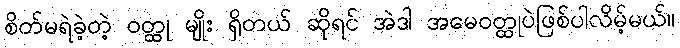
စိတ်မရဲခဲ့တဲ့ ဝတ္ထု မျိုး ရှိတယ် ဆိုရင် အဲဒါ အမေဝတ္ထုပဲဖြစ်ပါလိမ့်မယ်။